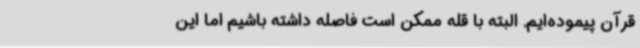
قرآن پیموده‌ایم. البته با قله ممکن است فاصله داشته باشیم اما این